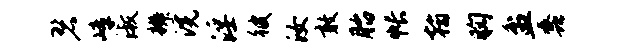
碧嶂淑辨浣淫彼汝敢胎帐翰胸盆蠡